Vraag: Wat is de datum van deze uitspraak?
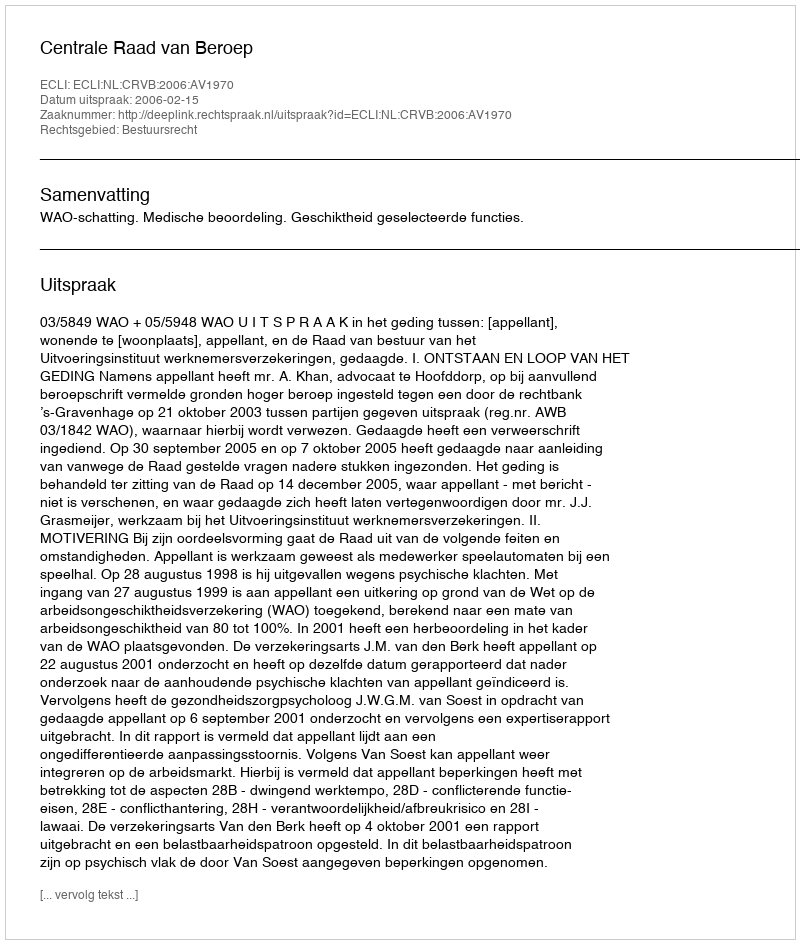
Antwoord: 2006-02-15